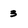
Character: 3